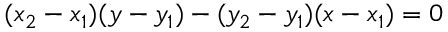
( x _ { 2 } - x _ { 1 } ) ( y - y _ { 1 } ) - ( y _ { 2 } - y _ { 1 } ) ( x - x _ { 1 } ) = 0